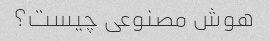
هوش مصنوعی چیست؟